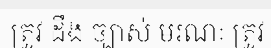
ត្រូវ ដឹង ច្បាស់ មរណៈ ត្រូវ